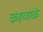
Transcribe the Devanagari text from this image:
करूणाके